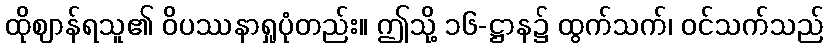
ထိုဈာန်ရသူ၏ ဝိပဿနာရှုပုံတည်း။ ဤသို့ ၁၆-ဋ္ဌာန၌ ထွက်သက်၊ ဝင်သက်သည်